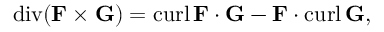
\operatorname { d i v } ( \mathbf { F } \times \mathbf { G } ) = \operatorname { c u r l } \mathbf { F } \cdot \mathbf { G } - \mathbf { F } \cdot \operatorname { c u r l } \mathbf { G } ,